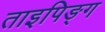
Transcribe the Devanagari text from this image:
ताइपिङ्ग